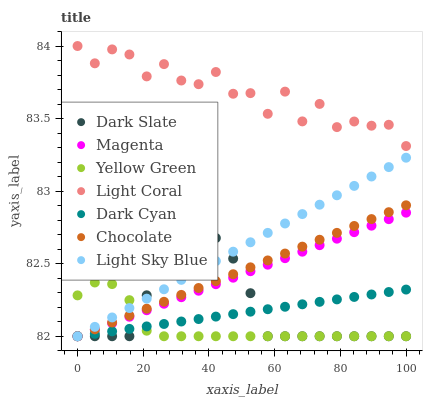
| xaxis_label | Dark Slate | Magenta | Yellow Green | Light Coral | Dark Cyan | Chocolate | Light Sky Blue |
 | --- | --- | --- | --- | --- | --- | --- | --- |
 | 0 | 82 | 82 | 82.3 | 84 | 82 | 82 | 82 |
 | 5.26 | 82 | 82 | 82.4 | 83.9 | 82 | 82 | 82.1 |
 | 10.5 | 82 | 82.1 | 82.4 | 84 | 82 | 82.1 | 82.1 |
 | 15.8 | 82 | 82.1 | 82.2 | 83.9 | 82.1 | 82.1 | 82.2 |
 | 21.1 | 82.3 | 82.2 | 82 | 83.8 | 82.1 | 82.2 | 82.3 |
 | 26.3 | 82.5 | 82.2 | 82 | 83.9 | 82.1 | 82.2 | 82.3 |
 | 31.6 | 82.7 | 82.3 | 82 | 83.8 | 82.1 | 82.3 | 82.4 |
 | 36.8 | 82.7 | 82.3 | 82 | 83.7 | 82.1 | 82.3 | 82.5 |
 | 42.1 | 82.7 | 82.4 | 82 | 83.8 | 82.1 | 82.4 | 82.5 |
 | 47.4 | 82.5 | 82.4 | 82 | 83.7 | 82.2 | 82.4 | 82.6 |
 | 52.6 | 82.3 | 82.4 | 82 | 83.7 | 82.2 | 82.5 | 82.6 |
 | 57.9 | 82 | 82.5 | 82 | 83.5 | 82.2 | 82.5 | 82.7 |
 | 63.2 | 82 | 82.5 | 82 | 83.7 | 82.2 | 82.6 | 82.8 |
 | 68.4 | 82 | 82.6 | 82 | 83.5 | 82.2 | 82.6 | 82.8 |
 | 73.7 | 82 | 82.6 | 82 | 83.6 | 82.2 | 82.7 | 82.9 |
 | 78.9 | 82 | 82.7 | 82 | 83.4 | 82.3 | 82.7 | 83 |
 | 84.2 | 82 | 82.7 | 82 | 83.5 | 82.3 | 82.8 | 83 |
 | 89.5 | 82 | 82.8 | 82 | 83.5 | 82.3 | 82.8 | 83.1 |
 | 94.7 | 82 | 82.8 | 82 | 83.5 | 82.3 | 82.9 | 83.2 |
 | 100 | 82 | 82.9 | 82 | 83.3 | 82.3 | 82.9 | 83.2 |